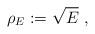
LaTeX: \begin{align*}\rho_E:=\sqrt {E}\ ,\end{align*}